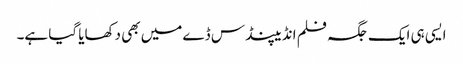
ایسی ہی ایک جگہ فلم انڈیپنڈس ڈے میں بھی دکھایا گیا ہے۔